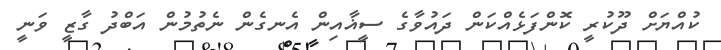
ކުއްޔަށް ދޫކުރީ ކޮންފަޅެއްކަން ދައުވާގެ ސީޣާއިން އެނގެން ނެތުމުން އަބްދު ގާޒީ ވަނީ